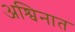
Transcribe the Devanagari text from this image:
अश्विनात